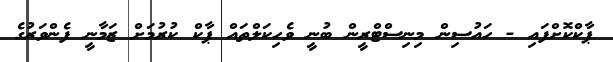
ޕާކްކޮށްފައި - ހައުސިން މިނިސްޓްރީން ބުނީ ވެހިކަލްތައް ޕާކް ކުރުމަށް ޒަމާނީ ފެންވަރުގެ